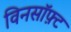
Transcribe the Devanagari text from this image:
विनसॉफ़्ट